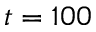
t = 1 0 0